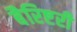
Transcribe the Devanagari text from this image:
बैरिष्टरी